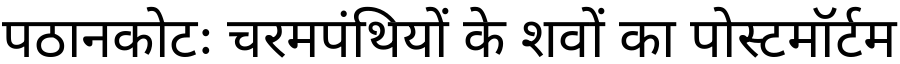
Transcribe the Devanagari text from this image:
पठानकोटः चरमपंथियों के शवों का पोस्टमॉर्टम